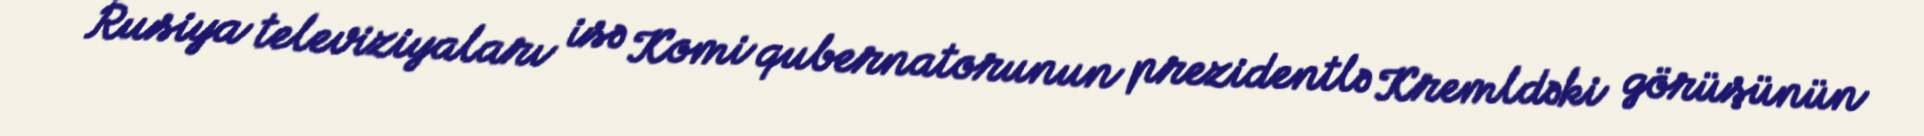
Rusiya televiziyaları isə Komi qubernatorunun prezidentlə Kremldəki görüşünün